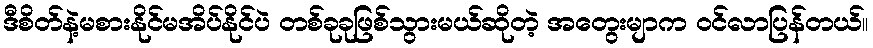
ဒီစိတ်နဲ့မစားနိုင်မအိပ်နိုင်ပဲ တစ်ခုခုဖြစ်သွားမယ်ဆိုတဲ့ အတွေးမျာက ဝင်လာပြန်တယ်။